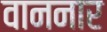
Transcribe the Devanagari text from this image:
वाननार